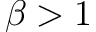
\beta > 1